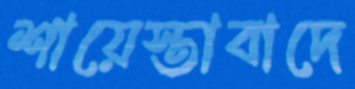
শায়েস্তাবাদে